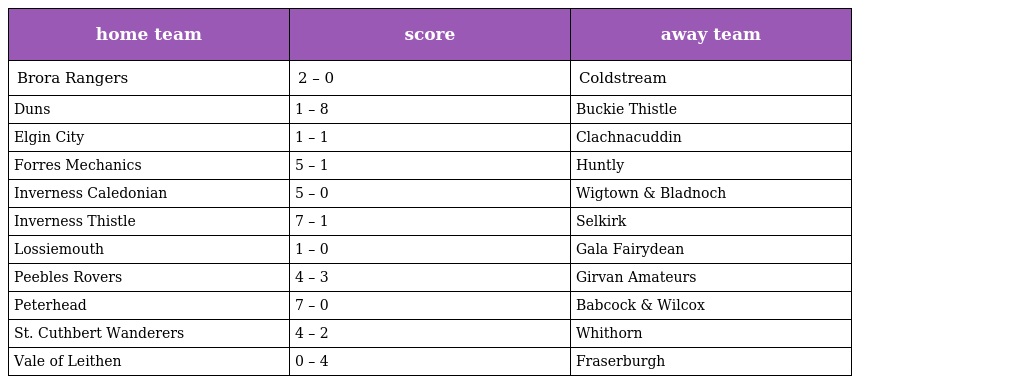
| home team | score | away team |
 | --- | --- | --- |
 | Brora Rangers | 2 – 0 | Coldstream |
 | Duns | 1 – 8 | Buckie Thistle |
 | Elgin City | 1 – 1 | Clachnacuddin |
 | Forres Mechanics | 5 – 1 | Huntly |
 | Inverness Caledonian | 5 – 0 | Wigtown & Bladnoch |
 | Inverness Thistle | 7 – 1 | Selkirk |
 | Lossiemouth | 1 – 0 | Gala Fairydean |
 | Peebles Rovers | 4 – 3 | Girvan Amateurs |
 | Peterhead | 7 – 0 | Babcock & Wilcox |
 | St. Cuthbert Wanderers | 4 – 2 | Whithorn |
 | Vale of Leithen | 0 – 4 | Fraserburgh |